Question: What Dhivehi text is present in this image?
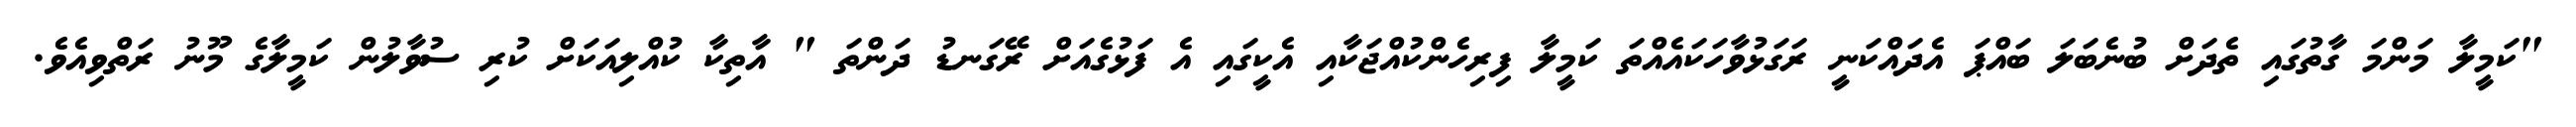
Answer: "ކަމީލާ މަންމަ ގާތުގައި ތެދަށް ބުނެބަލަ ބައްޕަ އެދައްކަނީ ރަގަޅުވާހަކައެއްތަ ކަމީލާ ފިރިހެންކުއްޖަކާއި އެކީގައި އެ ފަޅުގެއަށް ރޭގަނޑު ދަންތަ " އާތިކާ ކުއްލިއަކަށް ކުރި ސުވާލުން ކަމީލާގެ މޫނު ރަތްވިއެވެ.